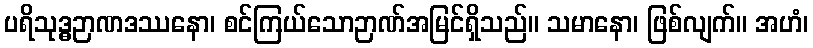
ပရိသုဒ္ဓဉာဏဒဿနော၊ စင်ကြယ်သောဉာဏ်အမြင်ရှိသည်။ သမာနော၊ ဖြစ်လျက်။ အဟံ၊